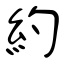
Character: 約